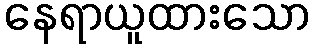
နေရာယူထားသော